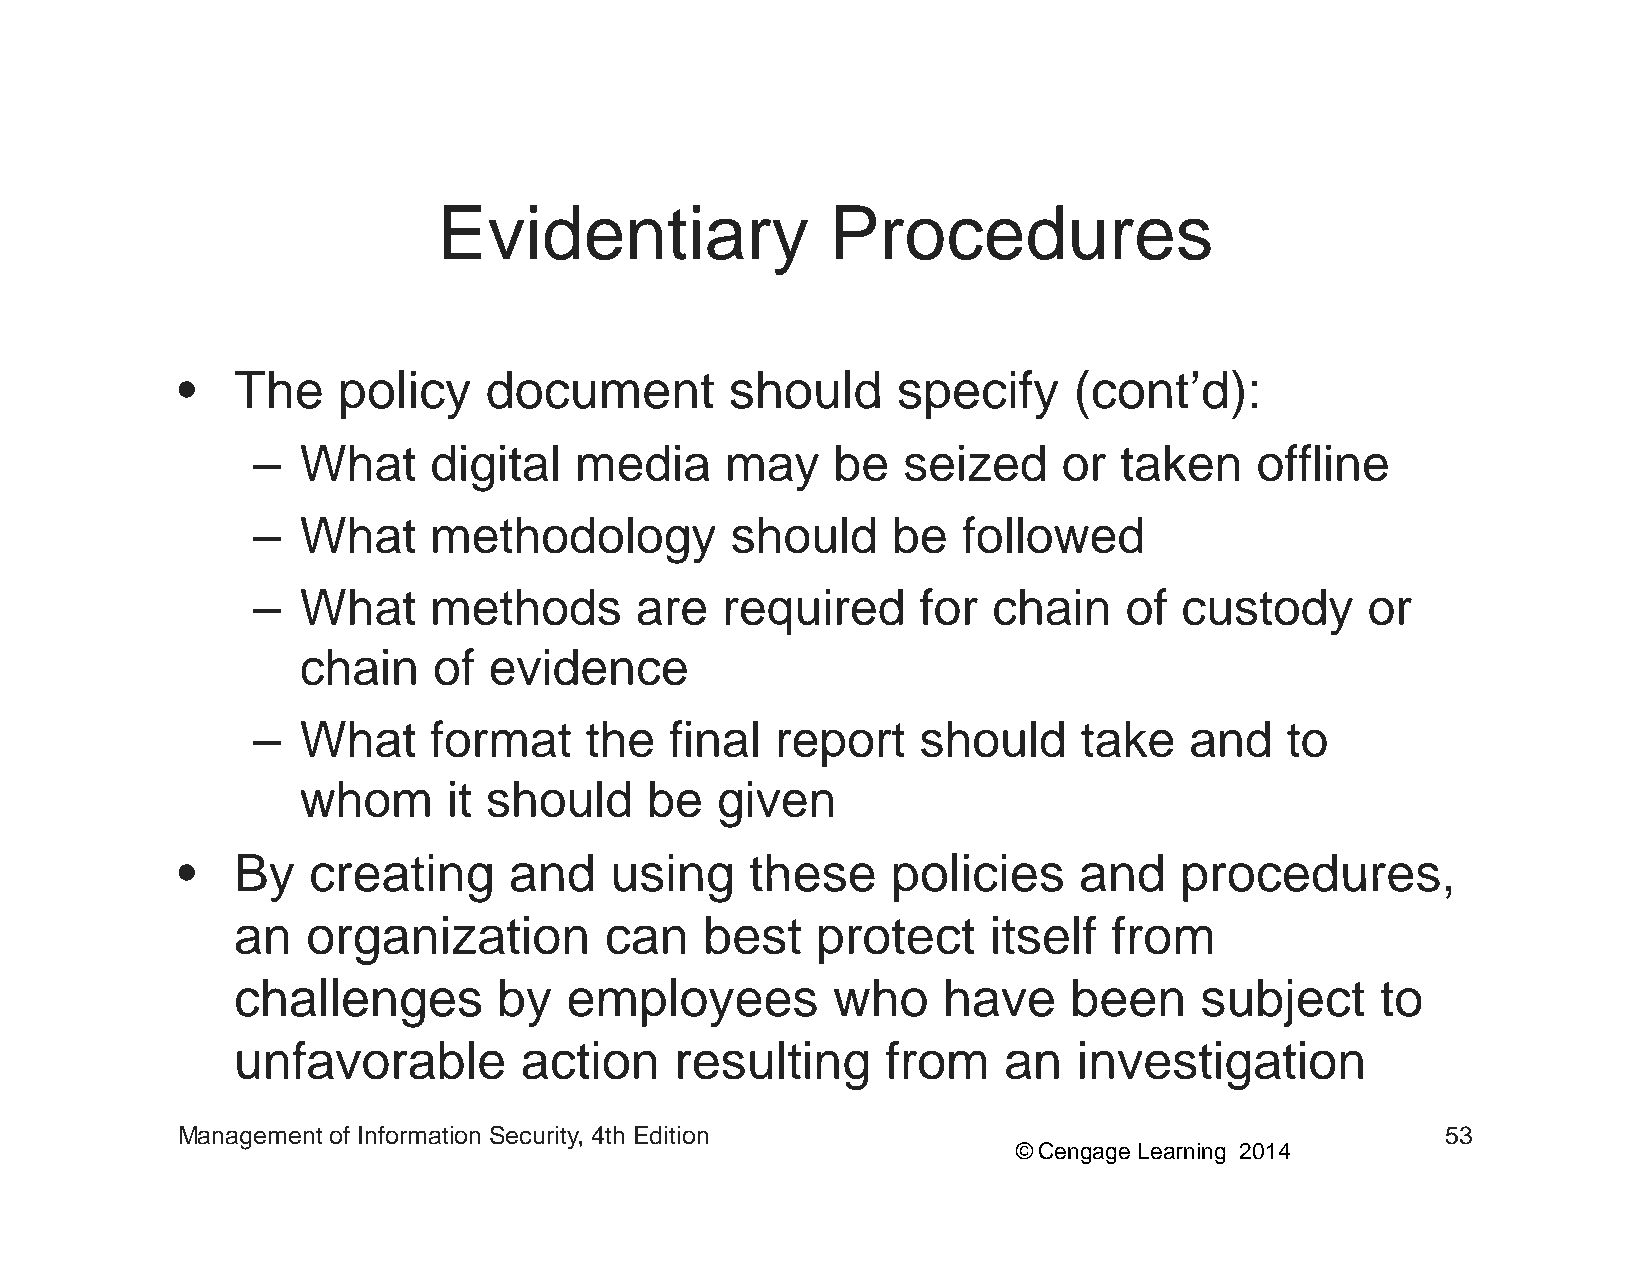
EEvviiddeennttiiaarryy    PPrroocceedduurreess
 •• TThhee ppoolliiccyy ddooccuummeenntt sshhoouulldd ssppeecciiffyy ((ccoonntt’dd))::
 –  What    digital   media     may    be   seized    or  taken    offline
 –  What    methodologgyy       should     be   followed
 –  What    methods       are   required     for  chain   of  custody     or
 chain    of evidence
 –  What    format     the  final  report    should     take   and   to
 whom      it should    be  given
 •• BByy ccrreeaattiinngg aanndd uussiinngg tthheessee ppoolliicciieess aanndd pprroocceedduurreess,
 an   organization        can    best   protect    itself   from
 challenges        by  employees         who    have     been    subject     to
 unfavorable        action     resulting     from   an   investigation
 Management of Information Security, 4th Edition                                     53
 © Cengage Learning 2014